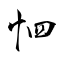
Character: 怬